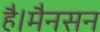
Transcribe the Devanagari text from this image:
है।मैनसन